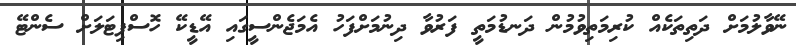
ނޭވާލުމަށް ދަތިތަކެއް ކުރިމަތިވުމުން ދަނޑުމަތީ ފަރުވާ ދިނުމަށްފަހު އެމަޖެންސީގައި އޭޑީކޭ ހޮސްޕިޓަލަށް ސެންޓޭ